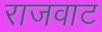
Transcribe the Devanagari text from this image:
राजवाट